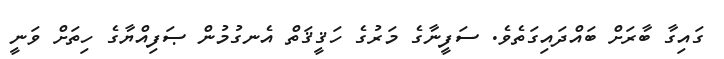
ގައިގާ ބާރަށް ބައްދައިގަތެވެ. ސަފީނާގެ މަރުގެ ހަޤީޤަތް އެނގުމުން ޞަފިއްޔާގެ ހިތަށް ވަނީ